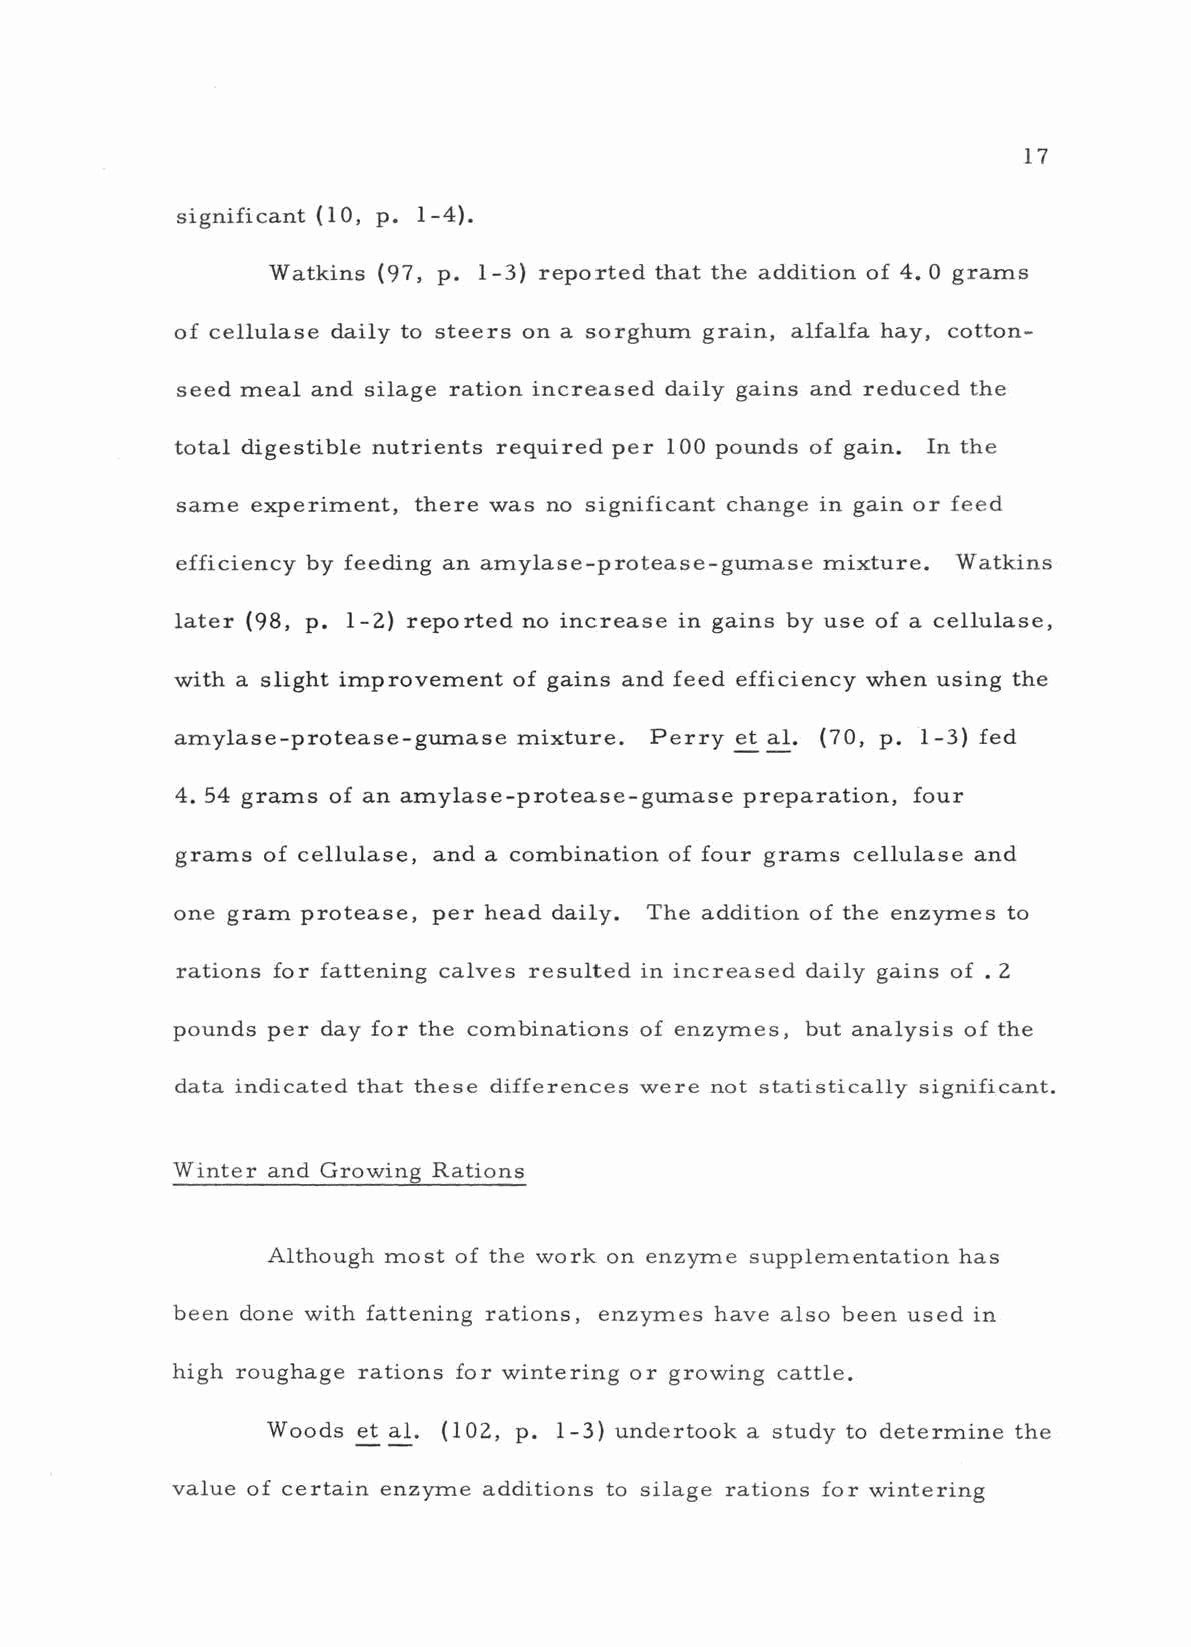
17
 significant (10, p. -4).
 1
 Watkins (97, p. 1 -3) reported that the addition of 4. 0 grams
 of cellulase daily to steers on a sorghum grain, alfalfa hay, cotton-
 seed meal and silage ration increased daily gains and reduced the
 total digestible nutrients required per 100 pounds of gain. In the
 same experiment, there was no significant change in gain or feed
 efficiency by feeding an amylase -protease- gumase mixture. Watkins
 later (98, p. -2) reported no increase in gains by use of a cellulase,
 1
 with a slight improvement of gains and feed efficiency when using the
 amylase -protease- gumase mixture. Perry et al. (70, p. -3) fed
 1
 4. 54 grams of an amylase -protease- gumase preparation, four
 grams of cellulase, and a combination of four grams cellulase and
 one gram protease, per head daily. The addition of the enzymes to
 rations for fattening calves resulted in increased daily gains of .2
 pounds per day for the combinations of enzymes, but analysis of the
 data indicated that these differences were not statistically significant.
 Winter and Growing Rations
 Although most of the work on enzyme supplementation has
 been done with fattening rations, enzymes have also been used in
 high roughage rations for wintering or growing cattle.
 Woods et al. (102, p. -3) undertook a study to determine the
 1
 value of certain enzyme additions to silage rations for wintering